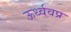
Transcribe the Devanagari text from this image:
ऊर्ध्ववप्र